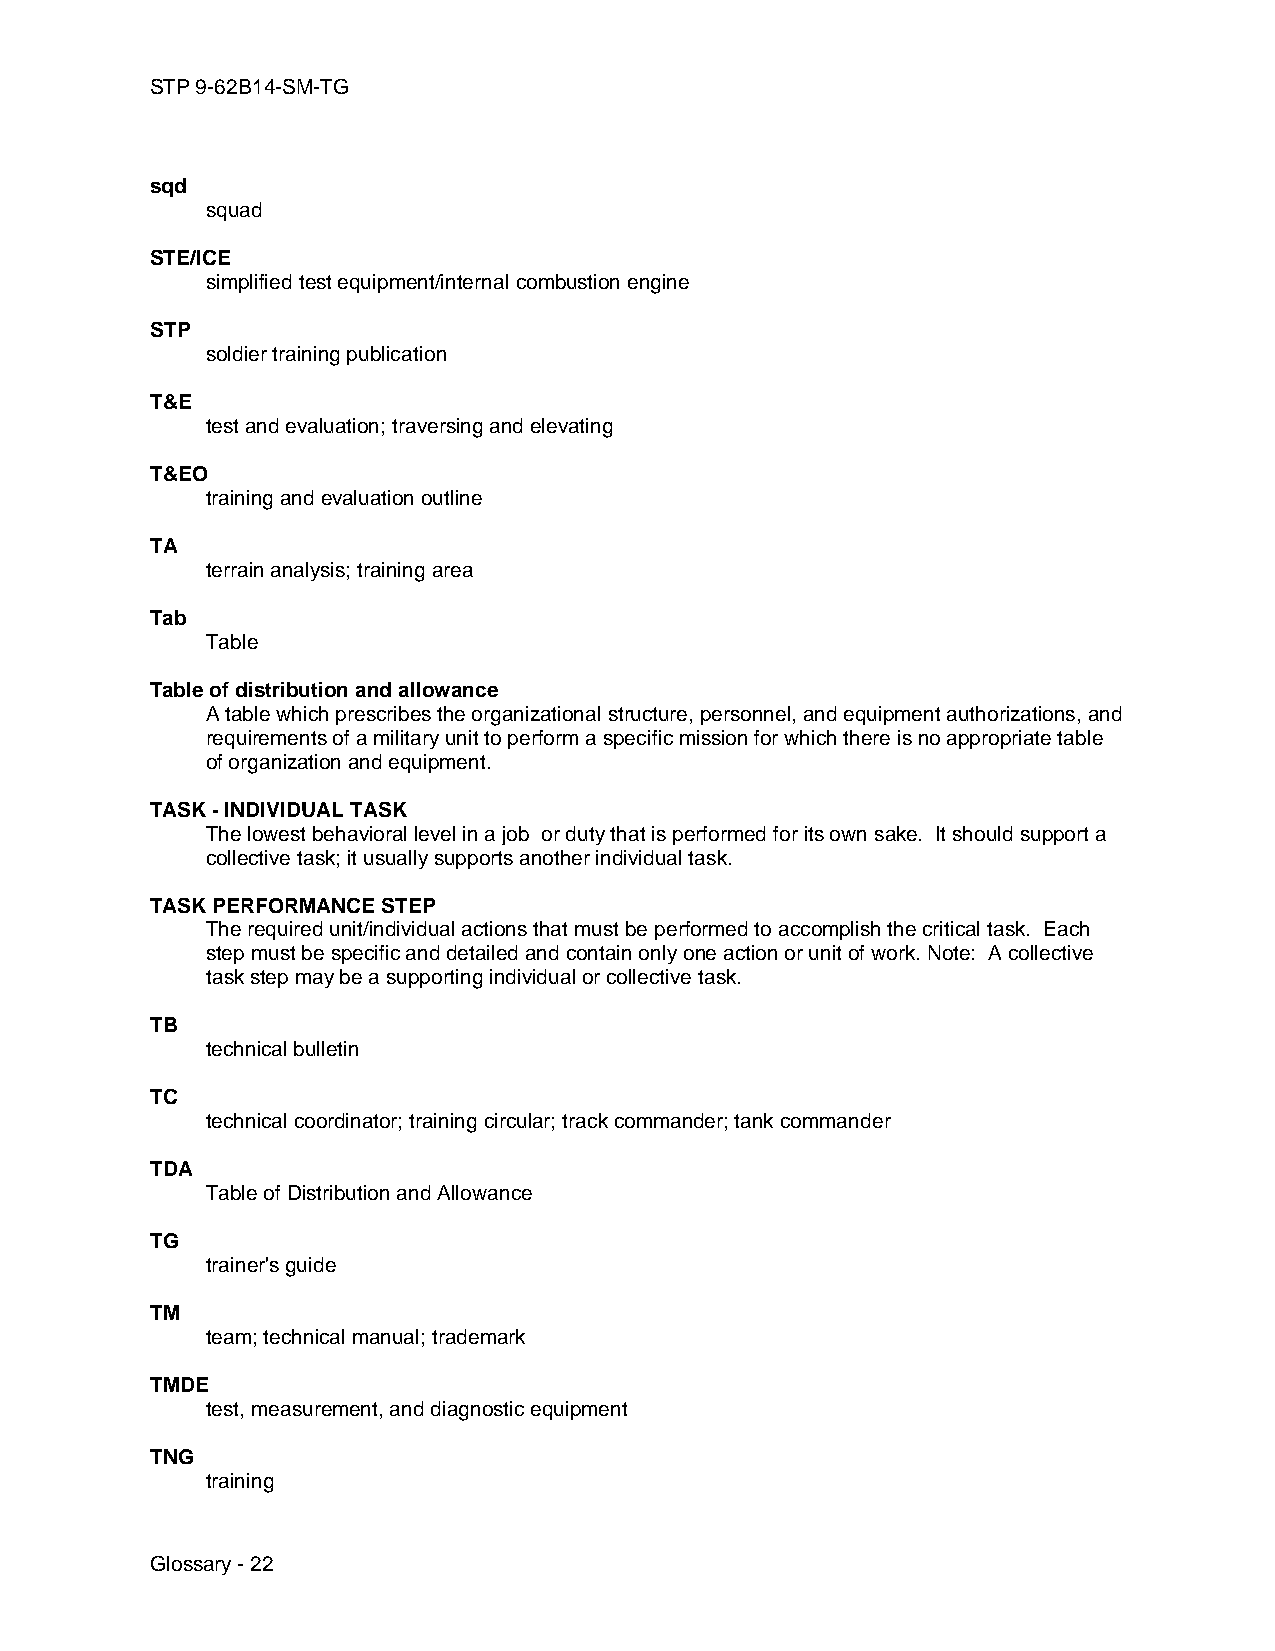
STP 9-62B14-SM-TG
 sqd
 squad
 STE/ICE
 simplified test equipment/internal combustion engine
 STP
 soldier training publication
 T&E
 test and evaluation; traversing and elevating
 T&EO
 training and evaluation outline
 TA
 terrain analysis; training area
 Tab
 Table
 Table of distribution and allowance
 A table which prescribes the organizational structure, personnel, and equipment authorizations, and
 requirements of a military unit to perform a specific mission for which there is no appropriate table
 of organization and equipment.
 TASK - INDIVIDUAL TASK
 The lowest behavioral level in a job or duty that is performed for its own sake. It should support a
 collective task; it usually supports another individual task.
 TASK PERFORMANCE STEP
 The required unit/individual actions that must be performed to accomplish the critical task. Each
 step must be specific and detailed and contain only one action or unit of work. Note: A collective
 task step may be a supporting individual or collective task.
 TB
 technical bulletin
 TC
 technical coordinator; training circular; track commander; tank commander
 TDA
 Table of Distribution and Allowance
 TG
 trainer's guide
 TM
 team; technical manual; trademark
 TMDE
 test, measurement, and diagnostic equipment
 TNG
 training
 Glossary - 22